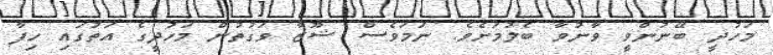
މަހުދީ ބޭނުންވީ ވާނުވާ ބެލުމަށެވެ. ނަމަވެސް ޝޫޒާ ވަގުތުން މަހުދީގެ އަތުގައި ހިފާ